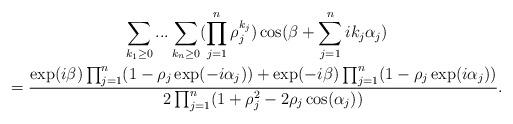
LaTeX: \begin{gather*}\sum_{k_{1}\geq0}...\sum_{k_{n}\geq0}(\prod_{j=1}^{n}\rho_{j}^{k_{j}})\cos(\beta+\sum_{j=1}^{n}ik_{j}\alpha_{j})\\=\frac{\exp(i\beta)\prod_{j=1}^{n}(1-\rho_{j}\exp(-i\alpha_{j}))+\exp(-i\beta)\prod_{j=1}^{n}(1-\rho_{j}\exp(i\alpha_{j}))}{2\prod_{j=1}^{n}(1+\rho_{j}^{2}-2\rho_{j}\cos(\alpha_{j}))}.\end{gather*}